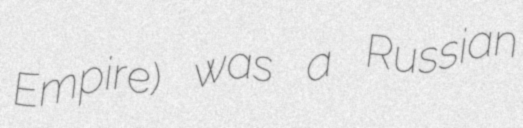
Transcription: Empire) was a Russian